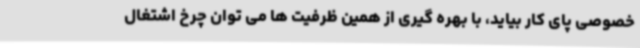
خصوصی پای کار بیاید، با بهره گیری از همین ظرفیت ها می توان چرخ اشتغال